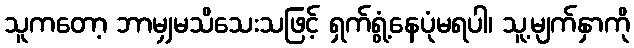
သူကတော့ ဘာမျှမသိသေးသဖြင့် ရှက်ရွံ့နေပုံမရပါ၊ သူ့မျက်နှာကို